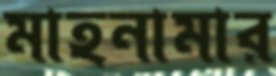
মাহনামার